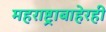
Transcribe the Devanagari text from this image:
महराष्ट्राबाहेरही